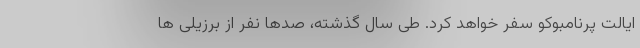
ایالت پرنامبوکو سفر خواهد کرد. طی سال گذشته، صدها نفر از برزیلی ها